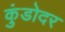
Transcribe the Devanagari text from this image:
कुंडोदर